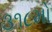
૩૧૮મો